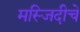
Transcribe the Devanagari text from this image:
मस्जिदीचे